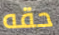
حقه